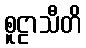
စူဠာသီတိ